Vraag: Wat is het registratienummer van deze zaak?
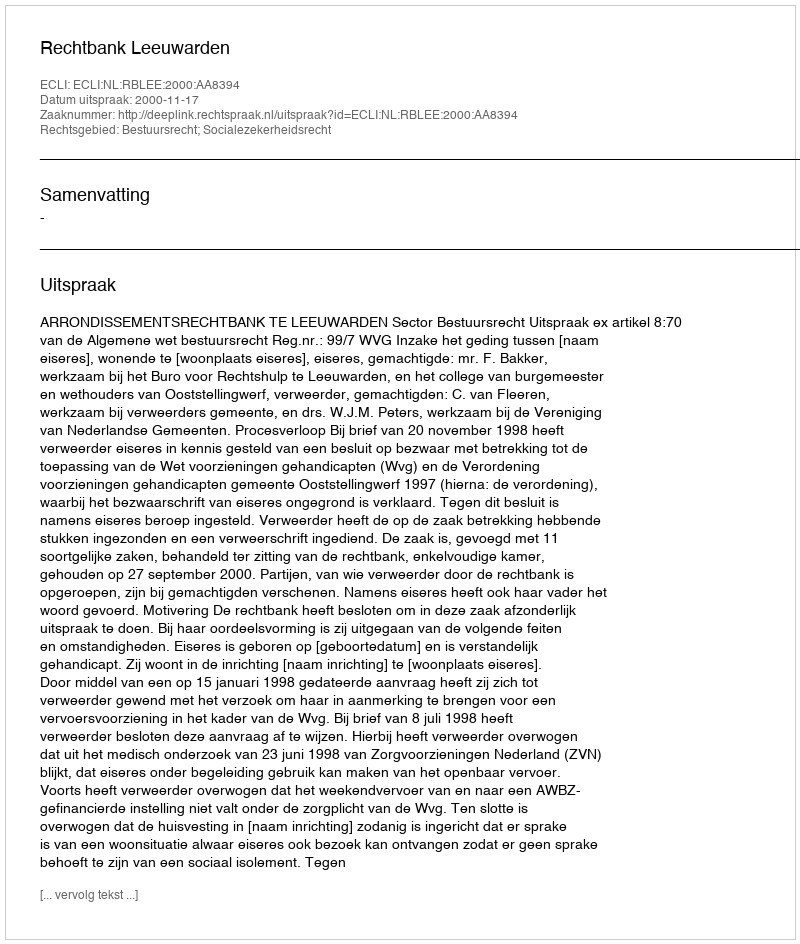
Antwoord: http://deeplink.rechtspraak.nl/uitspraak?id=ECLI:NL:RBLEE:2000:AA8394